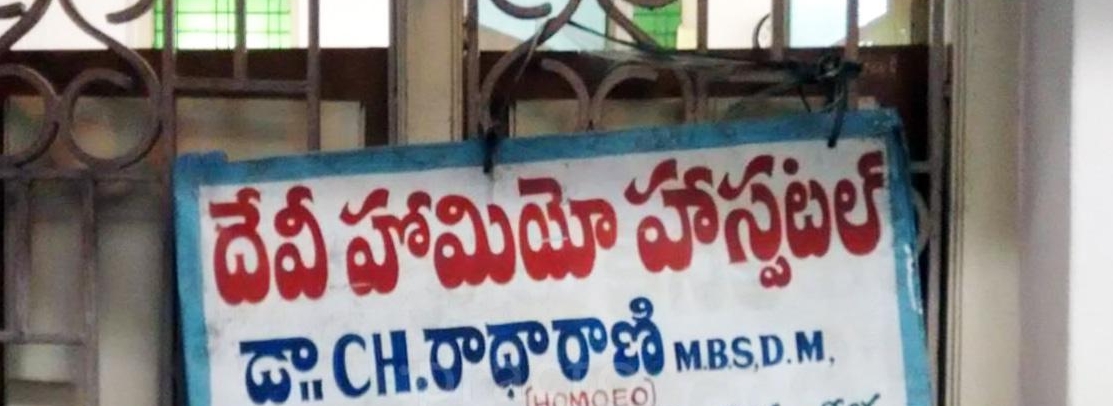
Language: telugu
Transcription: హాస్పిటల్ దేవీ హోమియో రాధారాణి